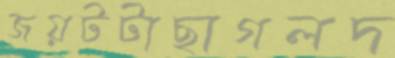
জয়টটাছাগলদ